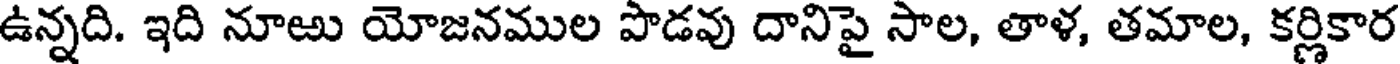
ఉన్నది. ఇది నూఱు యోజనముల పొడవు దానిపై సాల, తాళ, తమాల, కర్ణికార